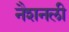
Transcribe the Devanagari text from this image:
नैशनली